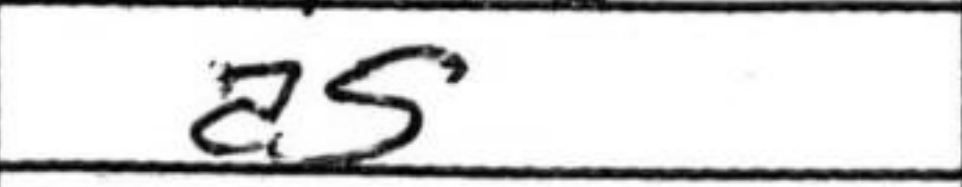
Transcription: a5